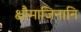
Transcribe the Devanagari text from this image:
क्षौमाजिनानि